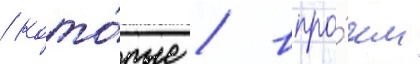
/ кото́рые / впро́чем